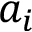
a _ { i }